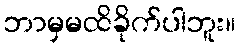
ဘာမှမထိခိုက်ပါဘူး။